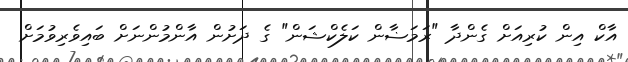
އާކް އިން ކުރިއަށް ގެންދާ "ރަމަޟާން ކަލެކްޝަން" ގެ ދަށުން އާންމުންނަށް ބައިވެރިވުމަށް